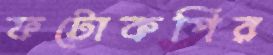
ফটোকপির